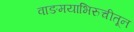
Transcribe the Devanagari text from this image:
वाङमयाभिरुचीतून